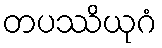
တပဿိယုဂံ